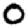
Digit: 0